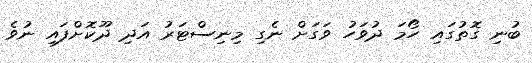
ބުނި ގޮތުގައި ހޯމަ ދުވަހު ވަގަށް ނެގި މިނިސްޓަރު އަދި ދޫކޮށްފައި ނުވެ